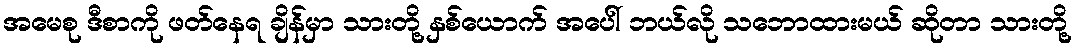
အမေစု ဒီစာကို ဖတ်နေရ ချိန်မှာ သားတို့ နှစ်ယောက် အပေါ် ဘယ်လို သဘောထားမယ် ဆိုတာ သားတို့